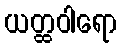
ယတ္ထဝါရော